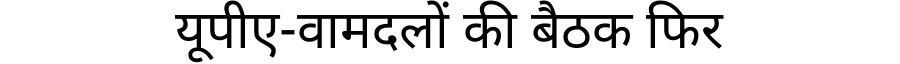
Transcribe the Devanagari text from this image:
यूपीए-वामदलों की बैठक फिर